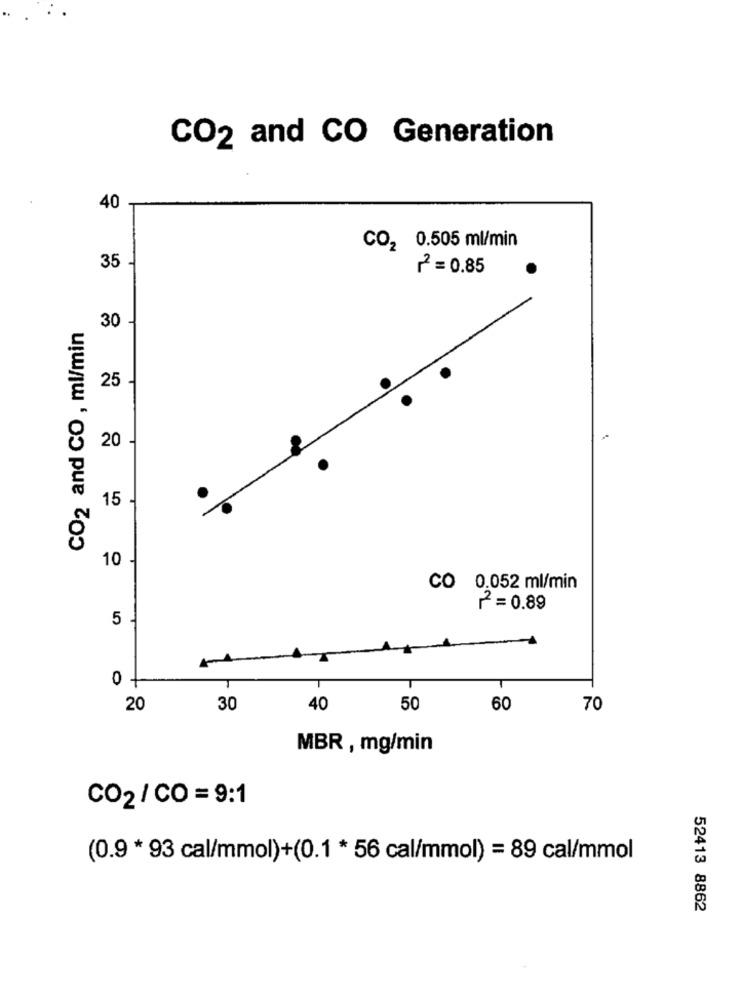
CO2 and CO Generation
40
CO2 0.505 ml/min
35
2 = 0.85
CO2 and CO , ml/min
30
25
20
15
10
CO 0.052 ml/min
2 = 0.89
5
0 +
20
30
40
50
60
70
MBR , mg/min
CO2 / CO = 9:1
(0.9 * 93 cal/mmol)+(0.1 * 56 cal/mmol) = 89 cal/mmol
52413 8862